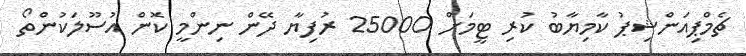
ޗެމްޕިއަންޝިޕު ކާމިޔާބު ކުރި ޓީމަށް 25000 ރުފިޔާ ދޭން ނިންމީ ކޮން އުސޫލަކުންތޯ